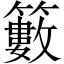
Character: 籔